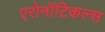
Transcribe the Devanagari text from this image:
एरोनॉटिकल्स